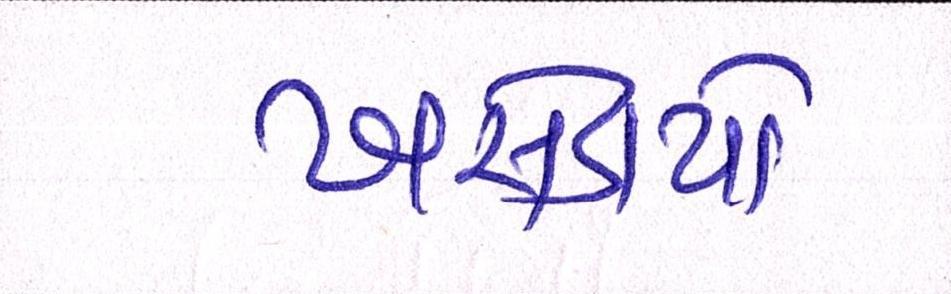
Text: ખસેડાયો